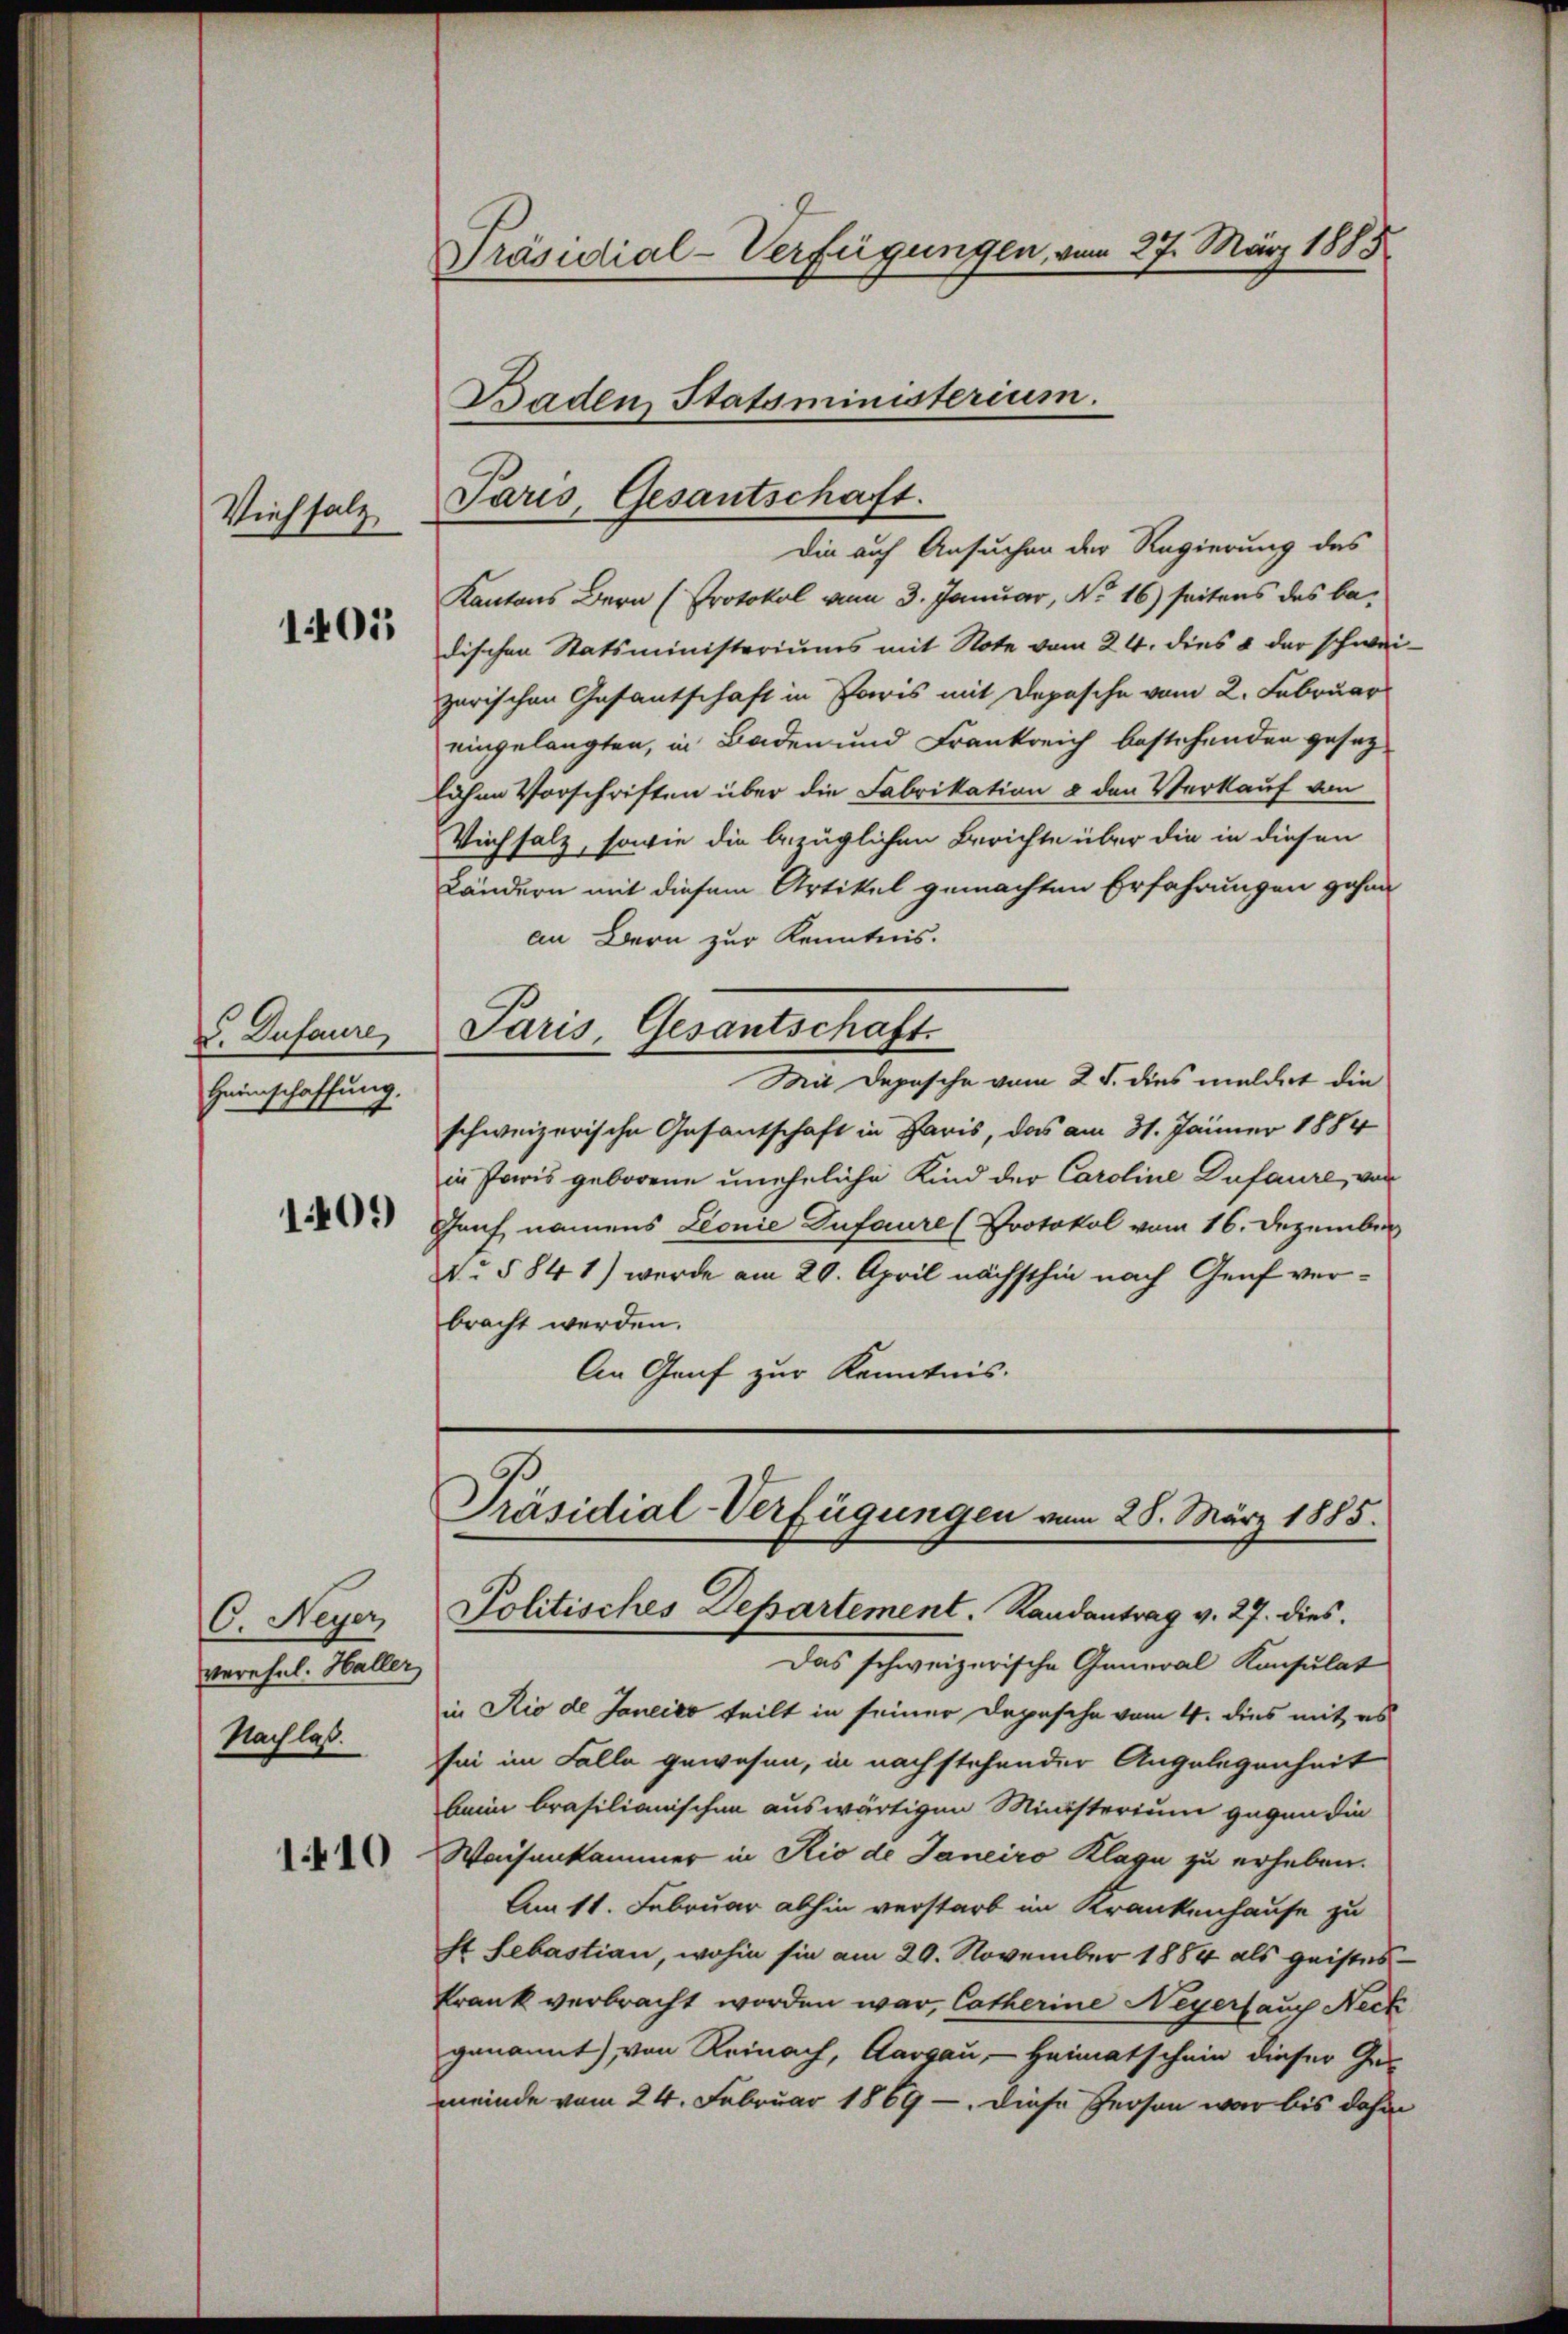
Viehsalz

1401

L. Zufaure
Heimschaffung.
1409

C. Neyer
verehel. Haller
Nachlaß.

1.410

Präsidial-Verfügungen, vom 27. März 1885

Baden Statsministerium.
Paris, Gesantschaft.

Die auf Ansuchen der Regierung des
Kantons Bern (Protokol vom 3. Januar, No 16) seitens das bedischen Statsministeriums mit Note vom 24. dies 8 der schweizarischen Gesantschaft in Paris mit Depesche vom 2. Februar
eingelangten, in Baden und Frankreich bestehenden gesetz
lichen Vorschriften über die Fabrikation & den Verkauf von
Viehsalz, sowie die bezüglichen Berichte über die in diesen
Ländern mit diesem Artikel gemachten Erfahrungen gehen
an Bern zur Kenntnis.
Paris, Gesantschaft.
Mit Depesche vom 25. dies meldert die
schweizerische Gesantschaft in Paris, das am 31. Jänner 1884
in Paris geborene uneheliche Kind der Caroline Dufaure, von
Genf namens Leonie Zufaure (Protokol vom 16. Dezember
N. § 84 1) wurde am 20. April nächsthin nach Genf verbracht werden.
An Genf zur Kenntnis.

Präsidial-Verfügungen vom 28. März 1885.
Politisches Departement. Randantrag v. 27. dies

Das schweizerische General Konsulat
in Rio de Janeiro teilt in seiner Depesche vom 4. dies mit es
sei im Falle gewesen, in nach stehender Angelegenheit
beim brasilianischen auswärtigen Ministerium gegen die
Waisenkammer in Rio de Janeiro Klage zu erheben.
Am 11. Februar abhin verstarb im Krankenhause zu
st Sebastian, wohin sie am 29. November 1884 als geistes-
krank verbracht worden war, Catherine Neyers auch Neck
genannt) von Reinach, Aargau, Heimatschein dieser Gemeinde vom 24. Februar 1869 - diese Person war bis dahin